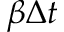
\beta \Delta t